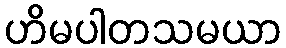
ဟိမပါတသမယာ